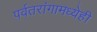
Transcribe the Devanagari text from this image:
पर्वतरांगामध्येही